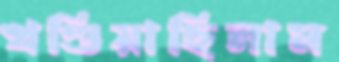
খণ্ডিয়াছিলাম